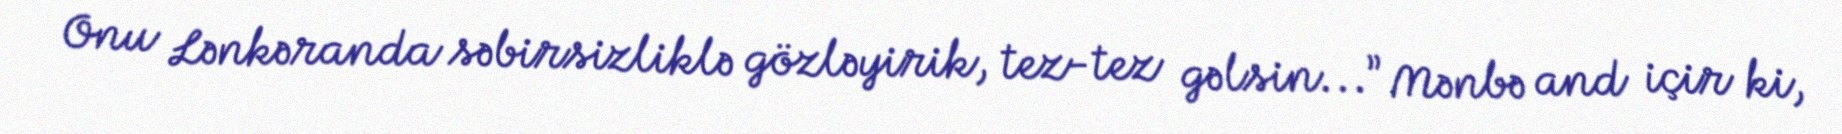
Onu Lənkəranda səbirsizliklə gözləyirik, tez-tez gəlsin...” Mənbə and içir ki,